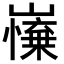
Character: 𡽼